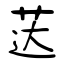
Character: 荙